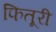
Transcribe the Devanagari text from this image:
फितूरी